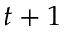
t + 1